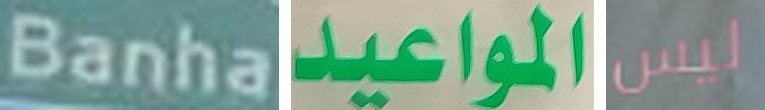
Banha المواعيد ليس